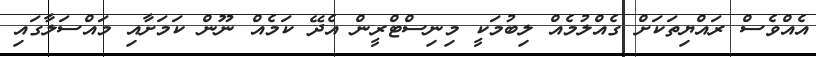
އެއްވެސް ރައްޔިތަކަށް ގެއްލުމެއް ލިބުމަކީ މިނިސްޓްރީން އެދޭ ކަމެއް ނޫން ކަމަށާއި މައްސަލާގައި